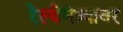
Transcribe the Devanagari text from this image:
रेल्वेमंत्र्यावर